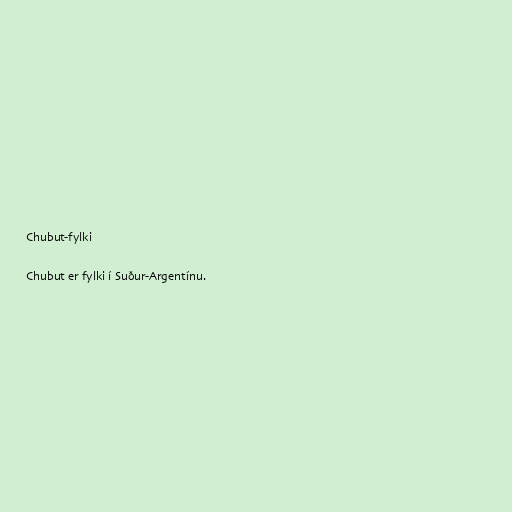
Chubut-fylki

Chubut er fylki í Suður-Argentínu.